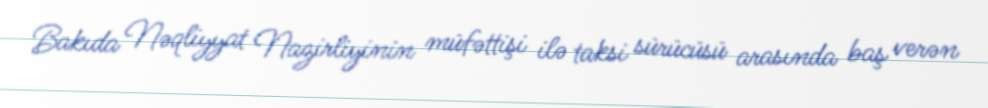
Bakıda Nəqliyyat Nazirliyinin müfəttişi ilə taksi sürücüsü arasında baş verən